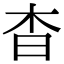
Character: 杳